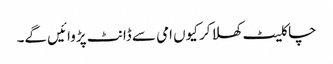
چاکلیٹ کھلا کر کیوں امی سے ڈانٹ پڑوائیں گے۔